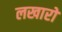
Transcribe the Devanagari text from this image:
लखारों